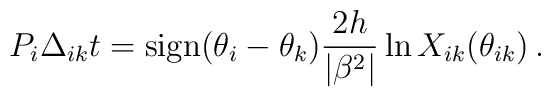
P_{i}\Delta _{ik}t=\mbox {sign}(\theta _{i}-\theta _{k})\frac{2h}{|\beta ^{2}|}\ln X_{ik}(\theta _{ik})\, .